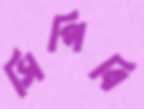
সিপিবি